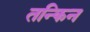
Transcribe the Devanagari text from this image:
तन्किन